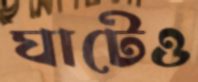
ঘাটেও